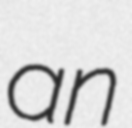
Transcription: an